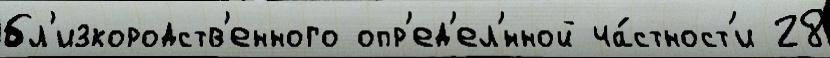
бл'изкородств'енного опр'ед'ел'́нной ча́стност'и 28